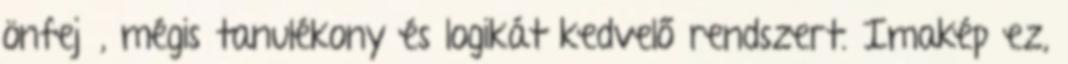
önfejű, mégis tanulékony és logikát kedvelő rendszert. Imakép ez,